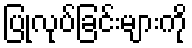
ပြုလုပ်ခြင်းများကို